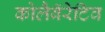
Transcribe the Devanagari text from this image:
कोलैबॅरेटिव